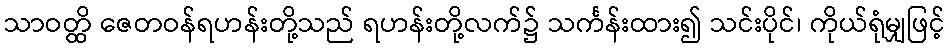
သာဝတ္ထိ ဇေတဝန်ရဟန်းတို့သည် ရဟန်းတို့လက်၌ သင်္ကန်းထား၍ သင်းပိုင်၊ ကိုယ်ရုံမျှဖြင့်